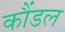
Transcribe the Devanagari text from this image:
कौंडल